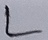
Text: L